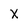
Character: X